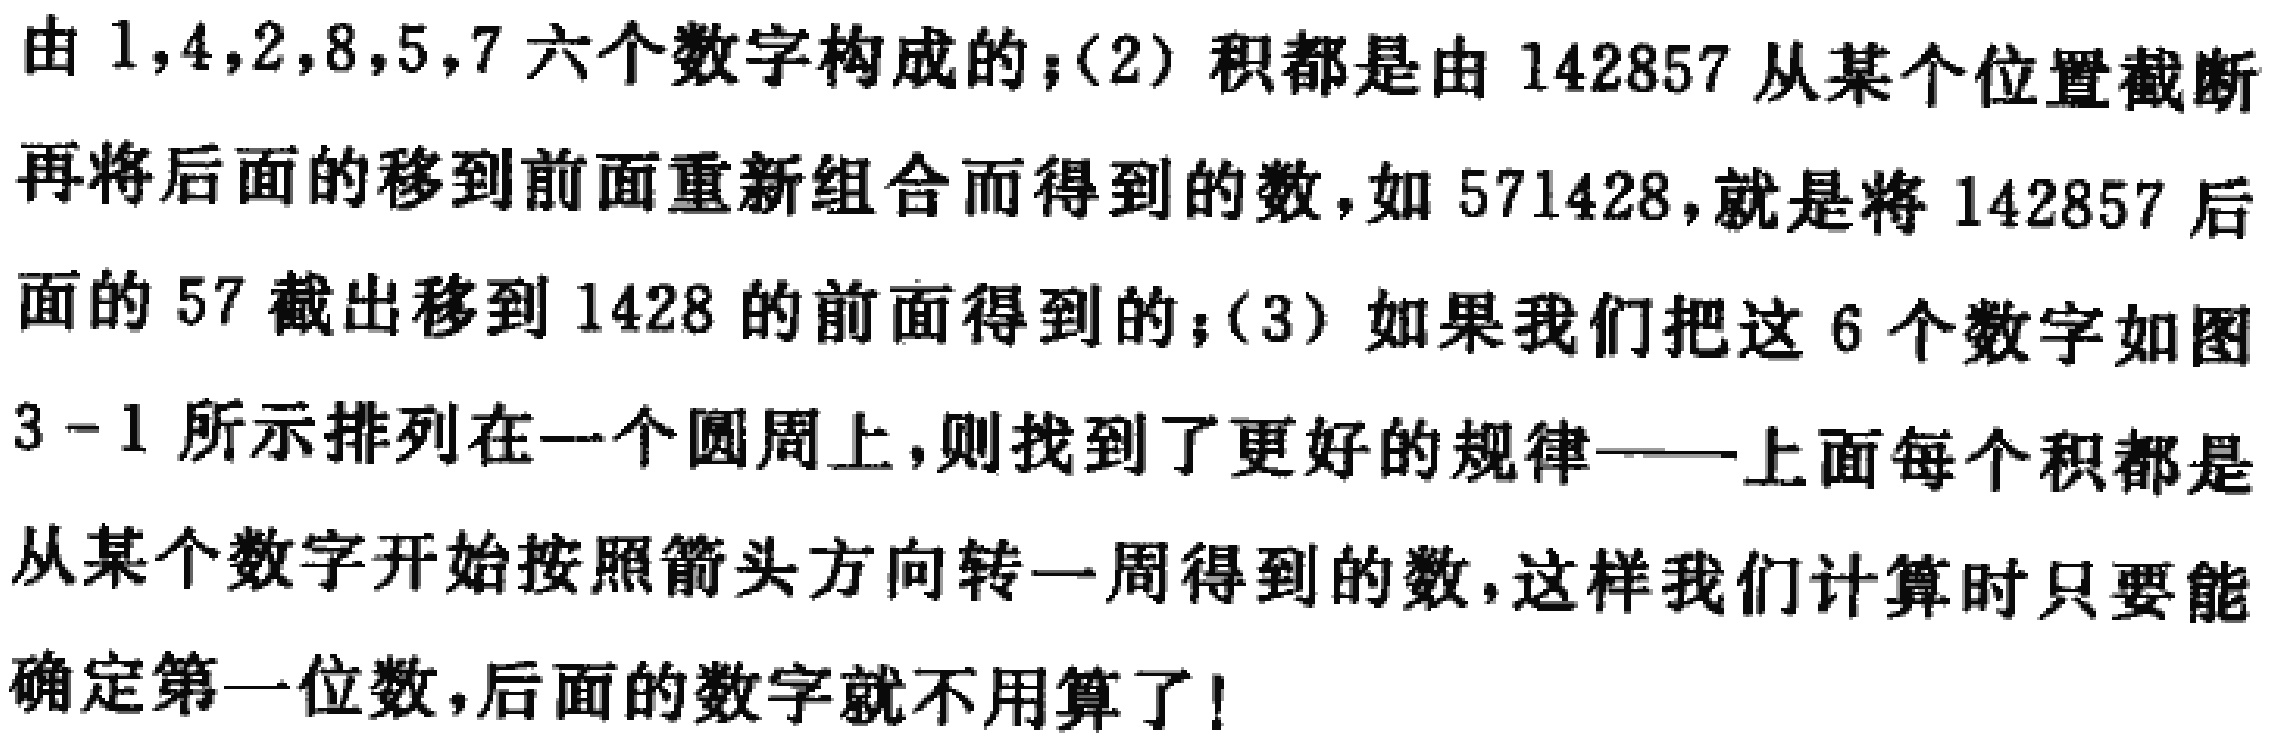
由 \(1,4,2,8,5,7\) 六个数字构成的；(2) 积都是由 \(142857\) 从某个位置截断再将后面的移到前面重新组合而得到的数，如 \(571428\)，就是将 \(142857\) 后面的 \(57\) 截出移到 \(1428\) 的前面得到的；(3) 如果我们把这 \(6\) 个数字如图 \(3 - 1\) 所示排列在一个圆周上，则找到了更好的规律——上面每个积都是从某个数字开始按照箭头方向转一周得到的数，这样我们计算时只要能确定第一位数，后面的数字就不用算了！